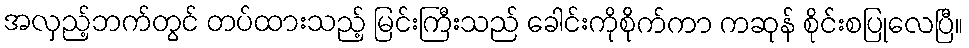
အလှည့်ဘက်တွင် တပ်ထားသည့် မြင်းကြီးသည် ခေါင်းကိုစိုက်ကာ ကဆုန် စိုင်းစပြုလေပြီ။